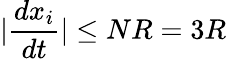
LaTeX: |\frac{dx_{i}}{dt}|\leq NR=3R